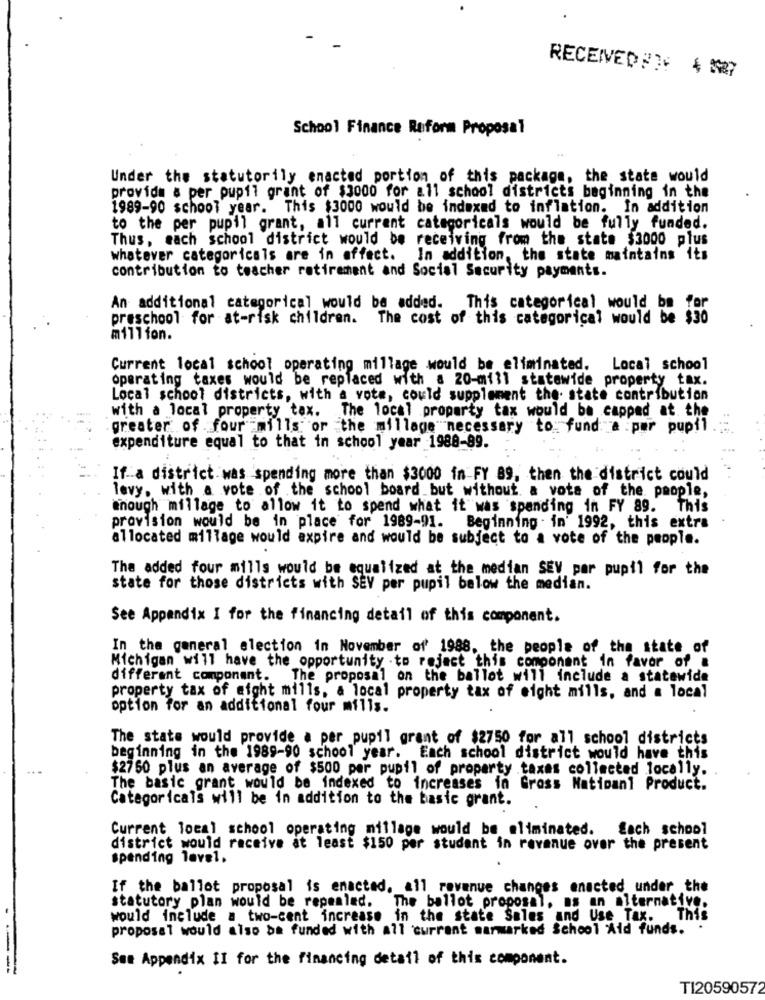
RECEIVED#3: 4 587
School Finance Reform Proposal
Under the statutorily enacted portion of this package, the state would
provide s per pupil grant of $3000 for all school districts beginning in the
1989-90 school year. This $3000 would be indexed to inflation. In addition
to the per pupil grant, all current categoricals would be fully funded.
Thus, each school district would be receiving from the state $3000 plus
whatever categoricals are in effect.
In addition, the state maintains its
contribution to teacher retirement and Social Security payments.
An additional categorical would be added.
This categorical would be for
preschool for at-risk children. The cost of this categorical would be $30
million.
Current local school operating millage would be eliminated. Local school
operating taxes would be replaced with a 20-mill statewide property tax.
Local school districts, with a vote, could supplement the state contribution
with a local property tax. The local property tax would be capped at the
greater of four mills or the millage necessary to: fund a par pupil .
expenditure equal to that in school year 1988-99.
If a district was spending more than $3000 in FY 89, then the district could
levy, with a vote of the school board but without a vote of the people,
though millage to allow it to spend what it was spending in FY 89. This
provision would be in place for 1989-91.
Beginning . in' 1992, this extra
allocated millage would expire and would be subject to a vote of the people.
The added four mills would be equalized at the median SEV par pupil for the
state for those districts with SEV per pupil below the median.
See Appendix I for the financing detail of this component.
In the general election in November of' 1988, the people of the state of
Michigan will have the opportunity to reject this component in favor of a
different component. The proposal on the ballot will include a statewide
property tax of might mills, a local property tax of eight mills, and a local
option for an additional four mills.
The state would provide a per pupil grant of $2750 for all school districts
beginning in the 1989-90 school year. Each school district would have this
$2750 plus an average of $500 per pupil of property taxes collected locally.
The basic grant would be indexed to increases in Gross Natioani Product.
Categoricals will be in addition to the basic grant.
Current local school operating millage would be eliminated.
Each school
district would receive at least $150 per student in revenue over the present
spending level.
If the ballot proposal is enacted. all revenue changes enacted under the
statutory plan would be repealed. The ballot proposal, as an alternative.
would include a two-cent increase in the state Sales and Use Tax. This
proposal would also be funded with all current marmarked School Aid funds.
See Appendix II for the financing detail of this component.
- --
TI20590572